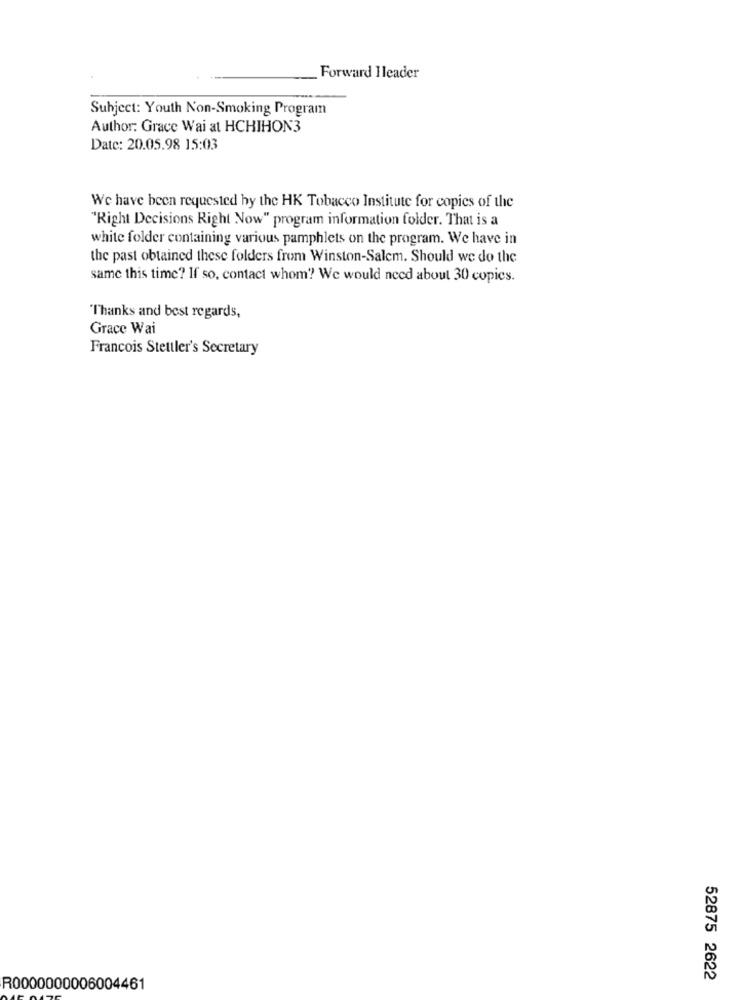
Forward Header
Subject: Youth Non-Smoking Program
Author: Grace Wai at HCHIHON3
Date: 20.05.98 15:03
We have been requested hy the HK Tobacco Institute for copies of the
"Right Decisions Right Now" program information folder. That is a
white folder containing various pamphlets on the program. We have in
the past obtained these folders from Winston-Salem. Should we do the
same this time? If so, contact whom? We would need about 30 copies.
Thanks and best regards,
Grace Wai
Francois Stettler's Secretary
52875 2622
R0000000006004461